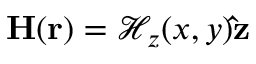
\mathbf { H } ( \mathbf { r } ) = \mathcal { H } _ { z } ( x , y ) \mathbf { \hat { z } }